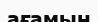
ағамын